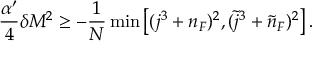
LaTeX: \frac { \alpha ^ { \prime } } 4 \delta M ^ { 2 } \ge - \frac 1 N \operatorname * { m i n } \left[ ( j ^ { 3 } + n _ { F } ) ^ { 2 } , ( \tilde { j } ^ { 3 } + \tilde { n } _ { F } ) ^ { 2 } \right] .